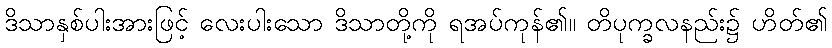
ဒိသာနှစ်ပါးအားဖြင့် လေးပါးသော ဒိသာတို့ကို ရအပ်ကုန်၏။ တိပုက္ခလနည်း၌ ဟိတ်၏